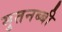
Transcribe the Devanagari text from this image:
मुतनब्बी